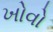
ખોવો